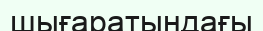
шығаратындағы